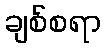
ချစ်စရာ